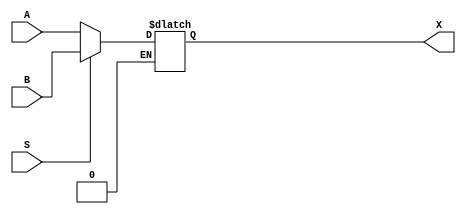
module mux_2x1_23bit (
    input S,
    input [22:0] A, B,
    output reg [22:0] X
);

always @ (*) 
    begin
        if (S == 1'b0)
            X <= A;
        else if (S == 1'b1)
            X <= B;
    end
endmodule